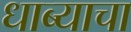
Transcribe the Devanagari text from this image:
धाब्याचा